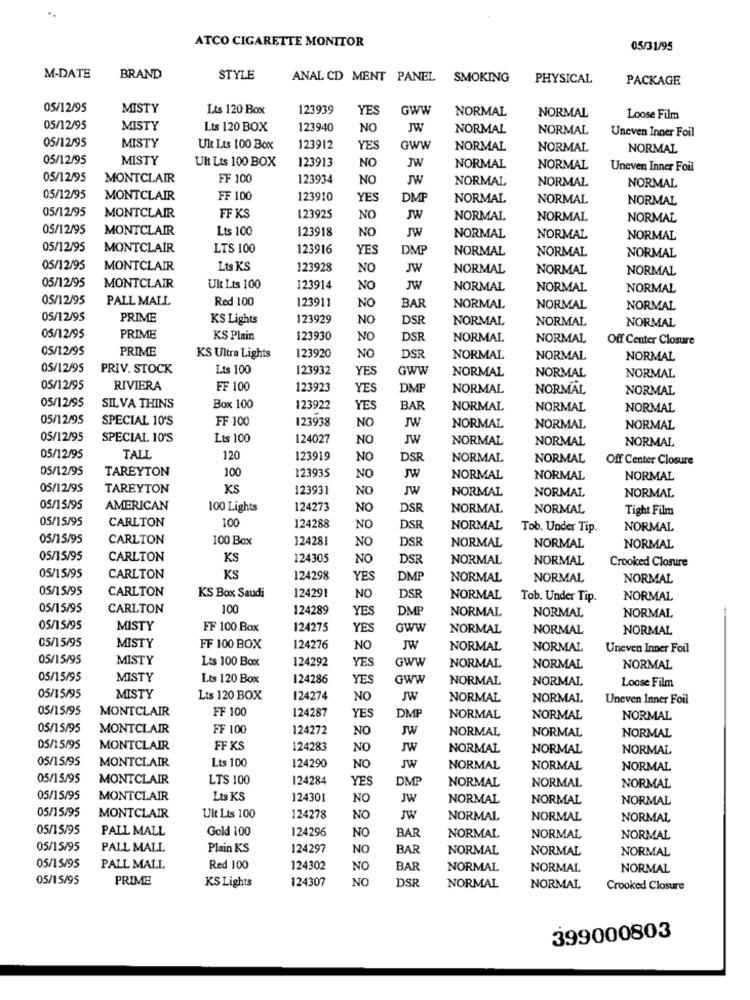
ATCO CIGARETTE MONITOR
05/31/95
M-DATE
BRAND
STYLE
ANAL CD MENT PANEL
SMOKING
PHYSICAL
PACKAGE
05/12/95
MISTY
Lts 120 Box
123939
YES
GWW
NORMAL
NORMAL
Loose Film
05/12/95
MISTY
Lts 120 BOX
123940
NO
JW
NORMAL
NORMAL
Uneven Inner Foil
05/12/95
MISTY
Ult Lts 100 Box
123912
YES
GWW
NORMAL
NORMAL
NORMAL
05/12/95
MISTY
Ult Lts 100 BOX
123913
NO
JW
NORMAL
NORMAL
Uneven Inner Foil
05/12/95
MONTCLAIR
FF 100
123934
NO
JW
NORMAL
NORMAL
NORMAL
05/12/95
MONTCLAIR
FF 100
123910
YES
DMP
NORMAL
NORMAL
NORMAL
05/12/95
MONTCLAIR
FF KS
123925
NO
JW
NORMAL
NORMAL
NORMAL
05/12/95
MONTCLAIR
Lts 100
123918
NO
JW
NORMAL
NORMAL
NORMAL
05/12/95
MONTCLAIR
LTS 100
123916
YES
DMP
NORMAL
NORMAL
NORMAL
05/12/95
MONTCLAIR
Lts KS
123928
NO
JW
NORMAL
NORMAL
NORMAL
05/12/95
MONTCLAIR
Ult Lts 100
123914
NO
JW
NORMAL
NORMAL
NORMAL
05/12/95
PALL MALL
Red 100
123911
NO
BAR
NORMAL
NORMAL
NORMAL
05/12/95
PRIME
KS Lights
123929
NO
DSR
NORMAL
NORMAL
NORMAL
05/12/95
PRIME
KS Plain
123930
NO
DSR
NORMAL
NORMAL
Off Center Closure
05/12/95
PRIME
KS Ultra Lights
123920
NO
DSR
NORMAL
NORMAL
NORMAL
05/12/95
PRIV. STOCK
Lts 100
123932
YES
GWW
NORMAL
NORMAL
NORMAL
05/12/95
RIVIERA
FF 100
123923
YES
DMF
NORMAL
NORMAL
NORMAL
05/12/95
SILVA THINS
Box 100
123922
YES
BAR
NORMAL
NORMAL
NORMAL
05/12/95
SPECIAL 10'S
FF 100
123938
NO
JW
NORMAL
NORMAL
NORMAL
05/12/95
SPECIAL 10'S
Lts 100
124027
NO
JW
NORMAL
NORMAL
NORMAL
05/12/95
TALL
120
123919
NO
DSR
NORMAL
NORMAL
Off Center Closure
05/12/95
TAREYTON
100
123935
NO
JW
NORMAL
NORMAL
NORMAL
05/12/95
TAREYTON
KS
123931
NO
JW
NORMAL
NORMAL
NORMAL
05/15/95
AMERICAN
100 Lights
124273
NO
DSR
NORMAL
NORMAL
Tight Film
05/15/95
CARLTON
100
124288
NO
DSR
NORMAL
Tob. Under Tip.
NORMAL
05/15/95
CARLTON
100 Box
12428
NO
DSR
NORMAL
NORMAL
NORMAL
05/15/95
CARLTON
KS
124305
NO
DSR
NORMAL
NORMAL
Crooked Closure
05/15/95
CARLTON
KS
124298
YES
DMP
NORMAL
NORMAL
NORMAL
05/15/95
CARLTON
KS Box Saudi
124291
NO
DSR
NORMAL
Tob. Under Tip.
NORMAL
05/15/95
CARLTON
100
124289
YES
DMP
NORMAL
NORMAL
NORMAL
05/15/95
MISTY
FF 100 Box
124275
YES
GWW
NORMAL
NORMAL
NORMAL
05/15/95
MISTY
FF 100 BOX
124276
NO
JW
NORMAL
NORMAL
Uneven Inner Foil
05/15/95
MISTY
Lts 100 Box
124292
YES
GWW
NORMAL
NORMAL
NORMAL
05/15/95
MISTY
Lts 120 Box
124286
YES
GWW
NORMAL
NORMAL
Loose Film
05/15/95
MISTY
Lts 120 BOX
124274
NO
JW
NORMAL
NORMAL
Uneven Inner Foil
05/15/95
MONTCLAIR
FF 100
124287
YES
DMP
NORMAL
NORMAL
NORMAL
05/15/95
MONTCLAIR
FF 100
124272
NO
JW
NORMAL
NORMAL
NORMAL
05/15/95
MONTCLAIR
FF KS
124283
NO
JW
NORMAL
NORMAL
NORMAL
05/15/95
Lts 100
JW
MONTCLAIR
124290
NO
NORMAL
NORMAL
NORMAL
05/15/95
MONTCLAIR
LTS 100
124284
YES
DMP
NORMAL
NORMAL
NORMAL
05/15/95
MONTCLAIR
Lts KS
124301
NO
JW
NORMAL
NORMAL
NORMAL
05/15/95
MONTCLAIR
Ult Lts 100
124278
NO
JW
NORMAL
NORMAL
NORMAL
05/15/95
PALL MALL
124296
NO
Gold 100
BAR
NORMAL
NORMAL
NORMAL
05/15/95
PALL MALL
Plain KS
124297
NO
BAR
NORMAL
NORMAL
NORMAL
05/15/95
PALL MALL
Red 100
124302
NO
BAR
NORMAL
NORMAL
NORMAL
05/15/95
PRIME
KS Lights
124307
NO
DSR
NORMAL
NORMAL
Crooked Closure
399000803